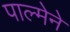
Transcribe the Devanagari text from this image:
पाल्मेने